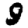
Digit: 9